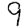
Digit: 9